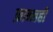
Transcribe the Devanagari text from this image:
फ्रान्सही